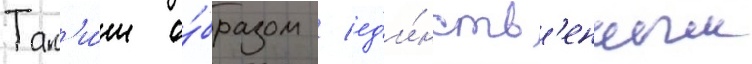
Так'и́м о́бразом / ед'и́нств'енным